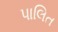
પાલિત